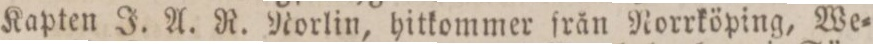
Kapten J. A. R. Norlin, hitkommer från Norrköping, We=